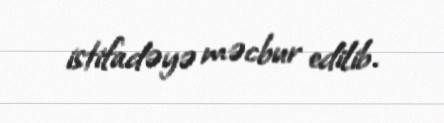
istifadəyə məcbur edilib.